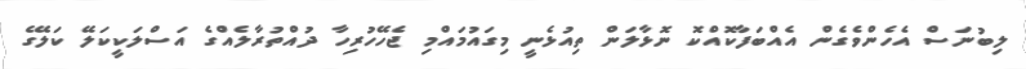
ލިބުނަސް އެހެންވެގެން އެއްބަފާކޮއްކޮ ނޮޅާލަން ތިއުޅެނީ މިގައުމައްމި ޖެހޭހުރިހާ ދުއްތުރާލެއްގެ އަސްލަކީކަލޭ ކަލޭގެ